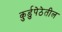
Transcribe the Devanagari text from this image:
कुर्डुपेठेतील